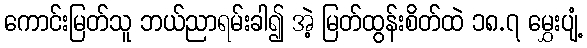
ကောင်းမြတ်သူ ဘယ်ညာရမ်းခါ၍ အဲ့ မြတ်ထွန်းစိတ်ထဲ ၁၈.၇ မွှေးပျံ့